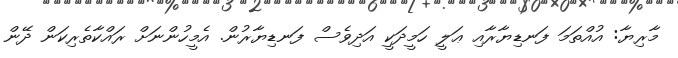
މާރިޔާ: އުއްތަމަ ފަނޑިޔާރާއި ޢަލީ ހަމީދަކީ އަދިވެސް ފަނޑިޔާރުން. އެމީހުންނަށް ރައްކާތެރިކަން ދޭން